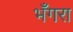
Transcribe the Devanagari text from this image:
भँगरा